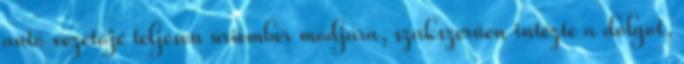
autó vezetője teljesen úriember módjára, szakszerűen intézte a dolgot,